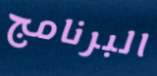
البرنامج